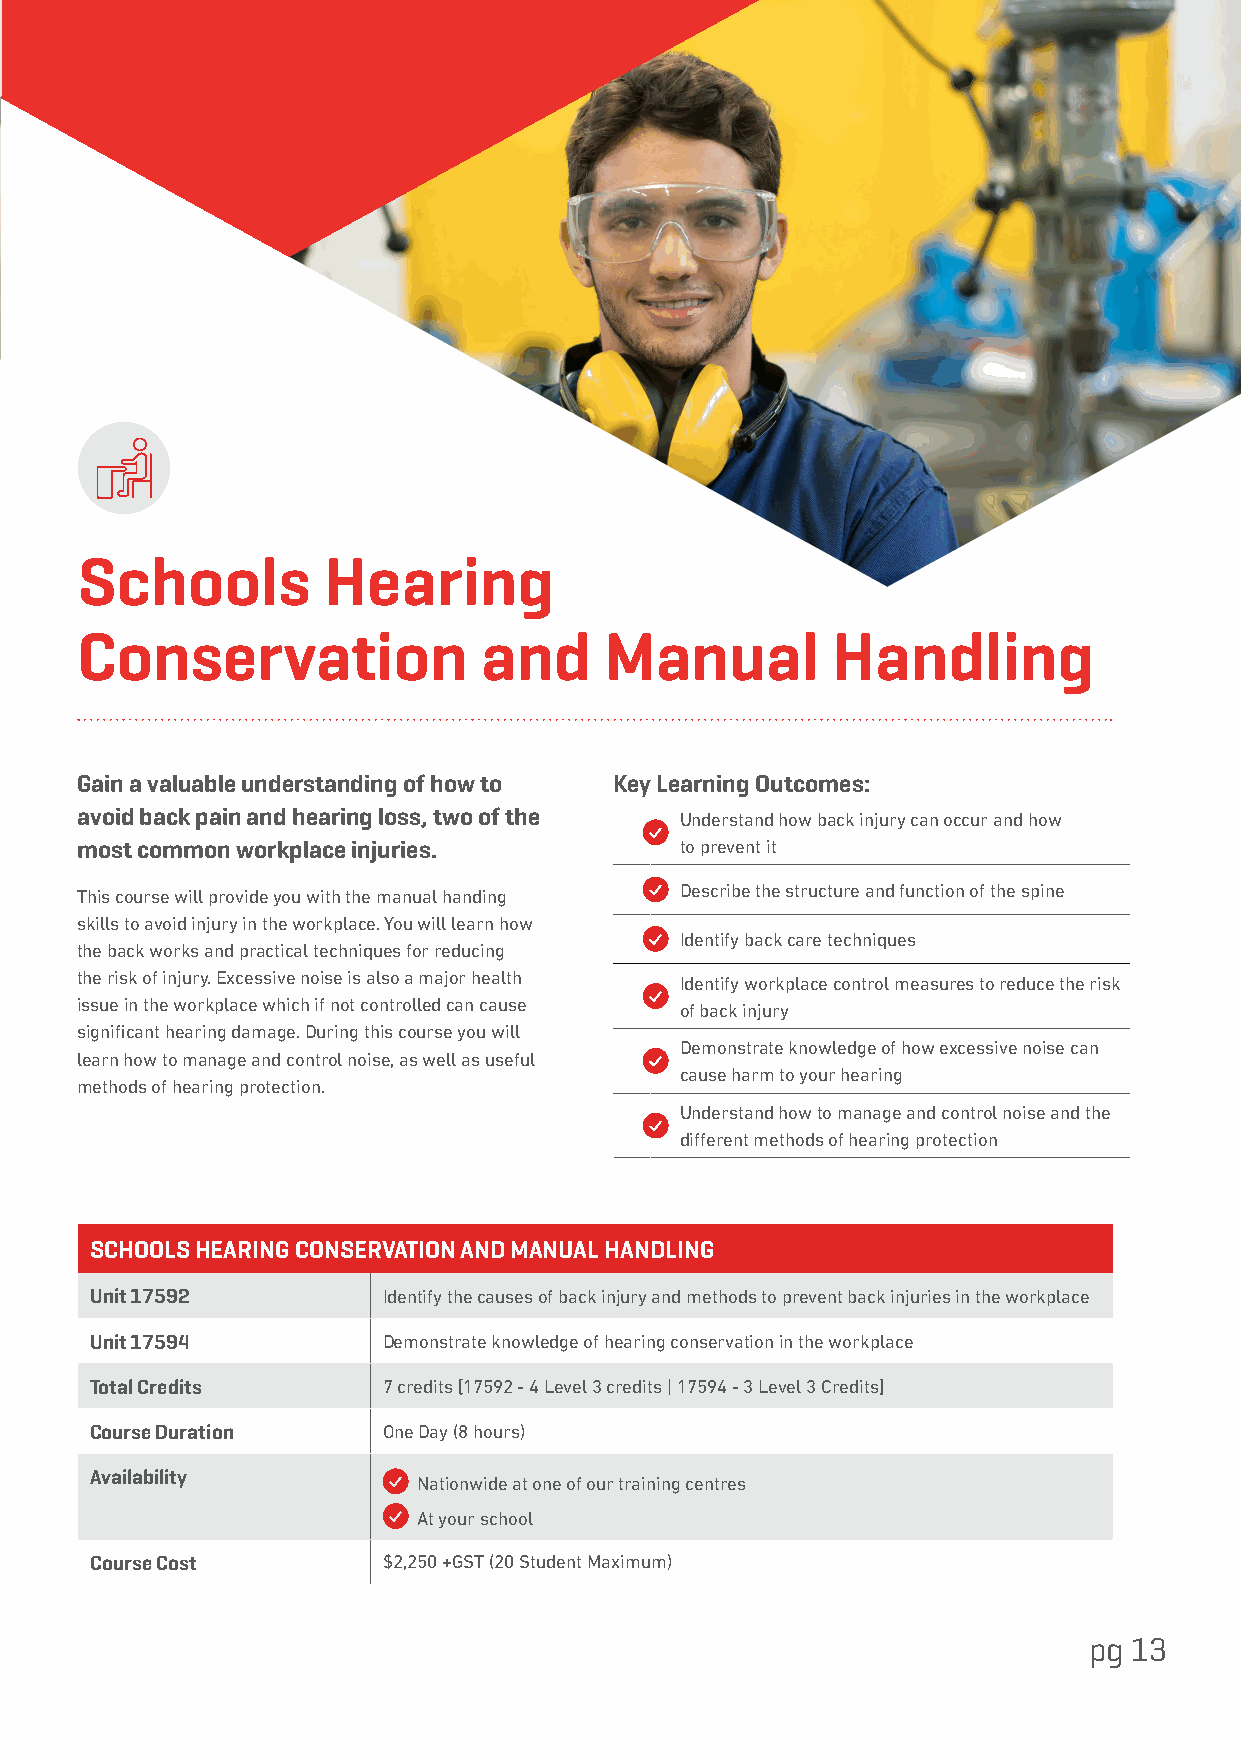
Schools         Hearing
 Conservation               and     Manual         Handling
 Gain a valuable understanding of how to Key Learning Outcomes:
 avoid back pain and hearing loss, two of the Understand how back injury can occur and how
 most common workplace injuries.         to prevent it
 Describe the structure and function of the spine
 This course will provide you with the manual handing
 skills to avoid injury in the workplace. You will learn how
 Identify back care techniques
 the back works and practical techniques for reducing
 the risk of injury. Excessive noise is also a major health Identify workplace control measures to reduce the risk
 issue in the workplace which if not controlled can cause of back injury
 significant hearing damage. During this course you will
 Demonstrate knowledge of how excessive noise can
 learn how to manage and control noise, as well as useful
 cause harm to your hearing
 methods of hearing protection.
 Understand how to manage and control noise and the
 different methods of hearing protection
 SCHOOLS HEARING CONSERVATION AND MANUAL HANDLING
 Unit 17592         Identify the causes of back injury and methods to prevent back injuries in the workplace
 Unit 17594         Demonstrate knowledge of hearing conservation in the workplace
 Total Credits      7 credits [17592 - 4 Level 3 credits | 17594 - 3 Level 3 Credits]
 Course Duration    One Day (8 hours)
 Availability
 Nationwide at one of our training centres
 At your school
 Course Cost        $2,250 +GST (20 Student Maximum)
 pg 13